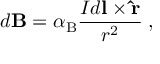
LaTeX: d \mathbf { B } = \alpha _ { \mathrm { { B } } } { \frac { I d \mathbf { l } \times \mathbf { \hat { r } } } { r ^ { 2 } } } \; ,